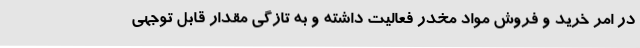
در امر خرید و فروش مواد مخدر فعالیت داشته و به تازگی مقدار قابل توجهی